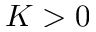
K > 0